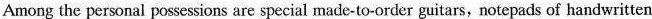
Among the personal possessions are special made-to-order guitars, notepads of handwritten